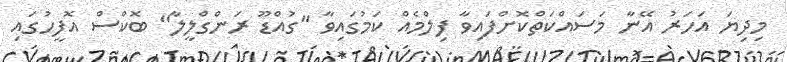
މިދިޔަ އަހަރު އޭނާ މަސައްކަތްކޮށްފައިވާ ފިލްމެއް ކަމުގައިވާ "ގުއްޑޫ ރަންގްލީލާ" ބޮކްސް އޮފީހުގައި